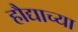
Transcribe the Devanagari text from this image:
हौद्याच्या